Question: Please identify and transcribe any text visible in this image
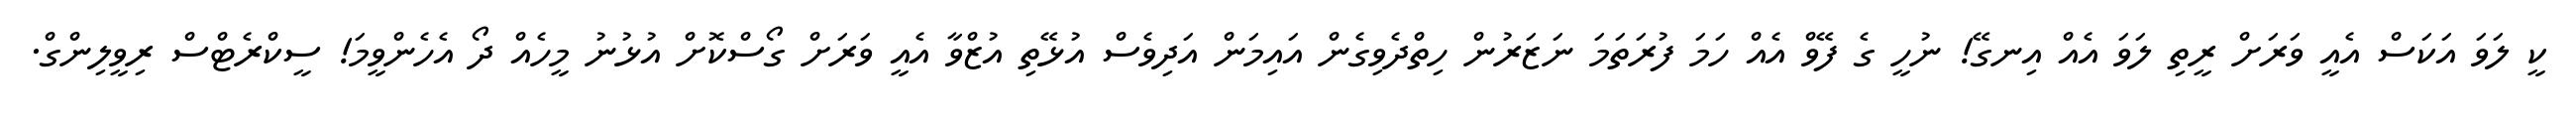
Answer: ކީ ލަވަ އަކަސް އެއީ ވަރަށް ރީތި ލަވަ އެއް އިނގޭ! ނުހީ ގެ ފޭވް އެއް ހަމަ ފުރަތަމަ ނަޒަރުން ހިތްދެވިގެން އައިމަން އަދިވެސް އުޅޭތި އުޒްވާ އެއީ ވަރަށް ގޯސްކޮށް އުޅުނު މީހެއް ދޯ އެހެންވީމަ! ސީކްރެޓްސް ރިވީލިންގް.